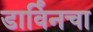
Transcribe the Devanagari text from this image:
डार्विंनचा